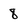
Character: 8